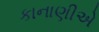
કાનાણીએ